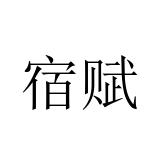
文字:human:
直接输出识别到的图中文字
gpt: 宿赋